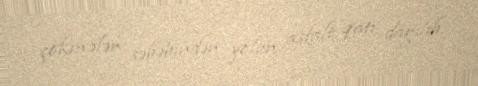
çökmələr səbəbindən yolun asfalt qatı dağılıb.